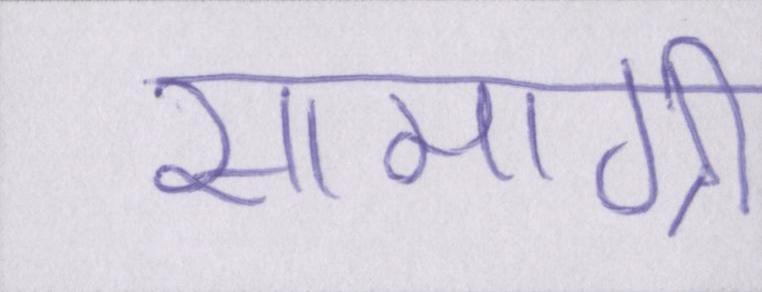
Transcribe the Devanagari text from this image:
सामग्री